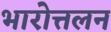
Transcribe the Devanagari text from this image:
भारोत्तलन